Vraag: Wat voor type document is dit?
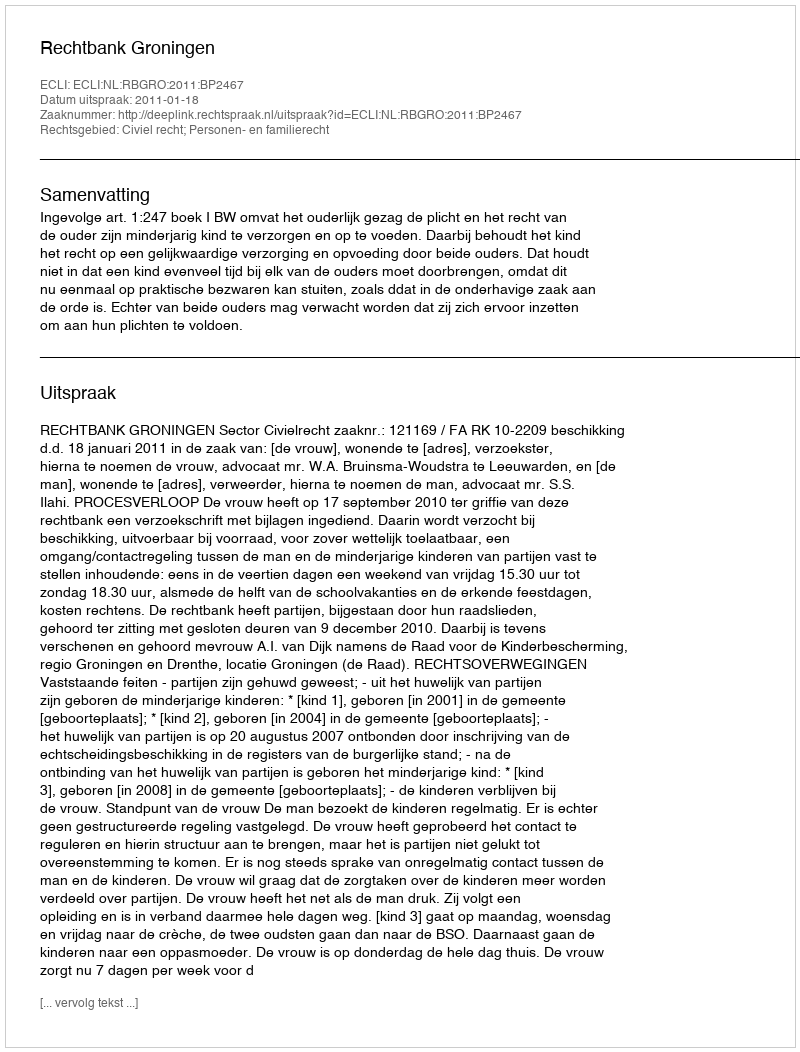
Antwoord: Uitspraak